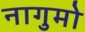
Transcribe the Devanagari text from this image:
नागुमो